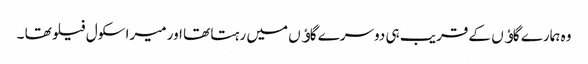
وہ ہمارے گاﺅں کے قریب ہی دوسرے گاﺅں میں رہتا تھا اور میرا سکول فیلو تھا ۔